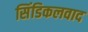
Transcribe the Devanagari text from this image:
सिंडिकलवाद